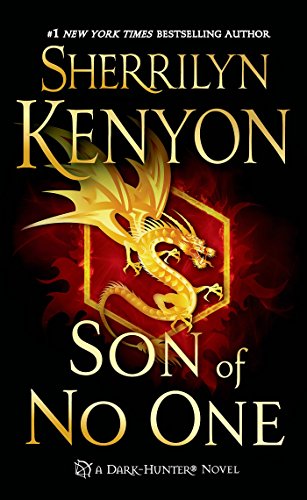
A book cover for Son of No One (Dark-Hunter Novels); Sherrilyn Kenyon; Romance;